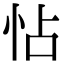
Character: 怗